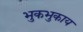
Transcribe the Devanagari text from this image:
भुकभुकाय